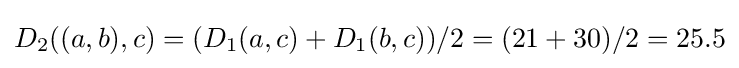
D_{2}((a,b),c)=(D_{1}(a,c)+D_{1}(b,c))/2=(21+30)/2=25.5